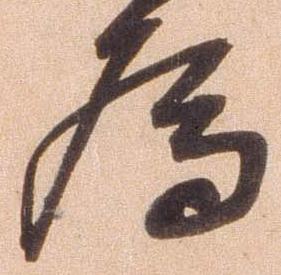
為